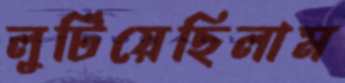
লুটিয়েছিলাম